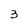
Character: 3